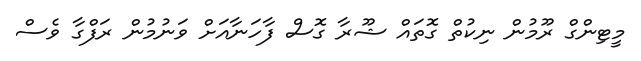
މީޓިންގް ރޫމުން ނިކުތް ގޮތައް ޝޫރާ ގޮސް ފާހަނާއަށް ވަނުމުން ރަފްގާ ވެސް